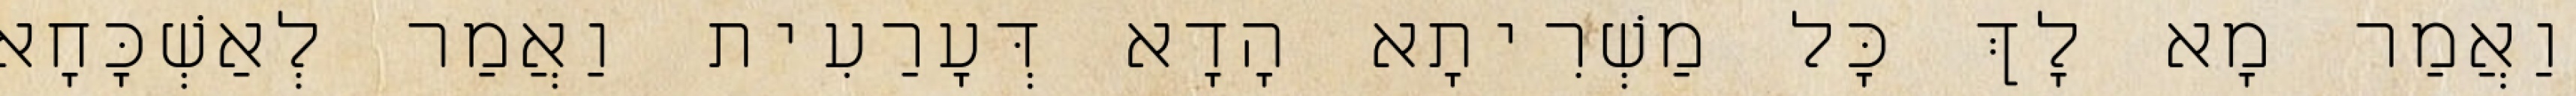
וַאֲמַר מָא לָךְ כָּל מַשְׁרִיתָא הָדָא דְּעָרַעִית וַאֲמַר לְאַשְׁכָּחָא